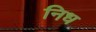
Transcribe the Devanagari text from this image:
निध